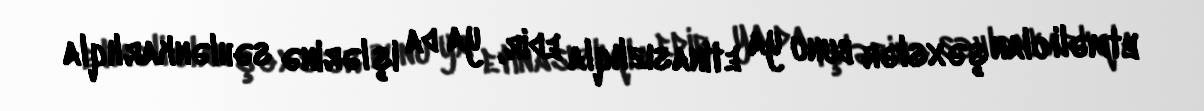
etməli olan şəxslər bunu ya etinasızlıqla edir, ya da işlərinə səhlənkarlıqla